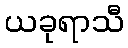
ယခုရာသီ